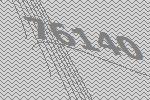
76140